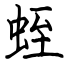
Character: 蛭